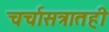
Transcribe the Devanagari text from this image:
चर्चासत्रातही